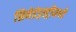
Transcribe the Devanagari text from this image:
सिनेइंड्रस्ट्रीमध्ये